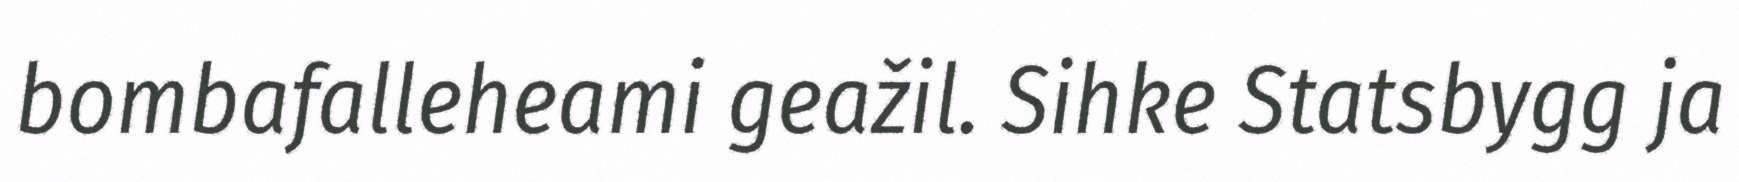
bombafalleheami geažil. Sihke Statsbygg ja